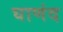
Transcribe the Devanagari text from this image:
घाणंद